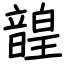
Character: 韹